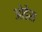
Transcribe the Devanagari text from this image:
ओडेंस